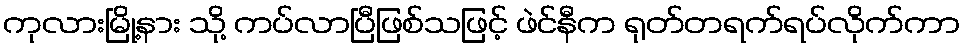
ကုလားမြို့နား သို့ ကပ်လာပြီဖြစ်သဖြင့် ဖဲင်နီက ရုတ်တရက်ရပ်လိုက်ကာ